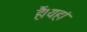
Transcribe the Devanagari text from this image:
हैं।यहां